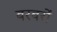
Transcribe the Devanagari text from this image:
बरबरों